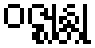
ဝဇ္ဈန္တု